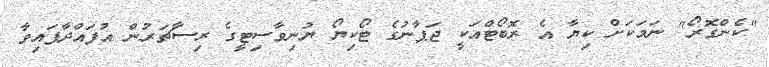
"ކެންގޮރޯ" ނަމަކަށް ކިޔާ އެ ރޮބޯޓްއަކީ ޖަޕާނުގެ ޓޯކިޔޯ ޔުނިވާސިޓީގެ ރިސާޗަރުން އުފައްދާފައިވާ